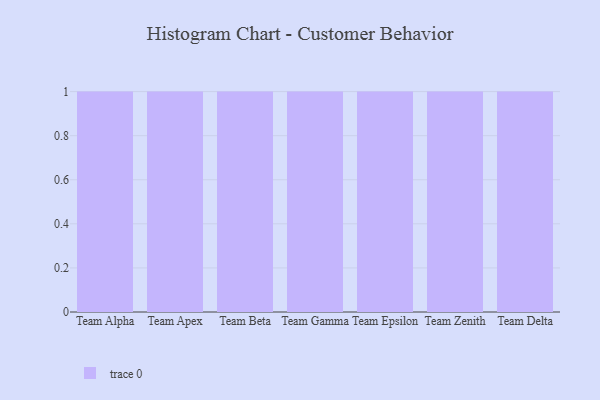
{"axis": {"x": "Team", "y": "Population (Million)"}, "legend": [""], "data": [{"x": "Team Alpha", "y": 30, "type": ""}, {"x": "Team Apex", "y": 39, "type": ""}, {"x": "Team Beta", "y": 25, "type": ""}, {"x": "Team Gamma", "y": 21, "type": ""}, {"x": "Team Epsilon", "y": 67, "type": ""}, {"x": "Team Zenith", "y": 100, "type": ""}, {"x": "Team Delta", "y": 44, "type": ""}]}